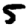
Digit: 5